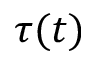
\tau ( t )